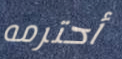
أحترمه